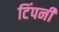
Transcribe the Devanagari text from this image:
टिंपनी